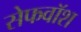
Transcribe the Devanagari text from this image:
सेफवॉश